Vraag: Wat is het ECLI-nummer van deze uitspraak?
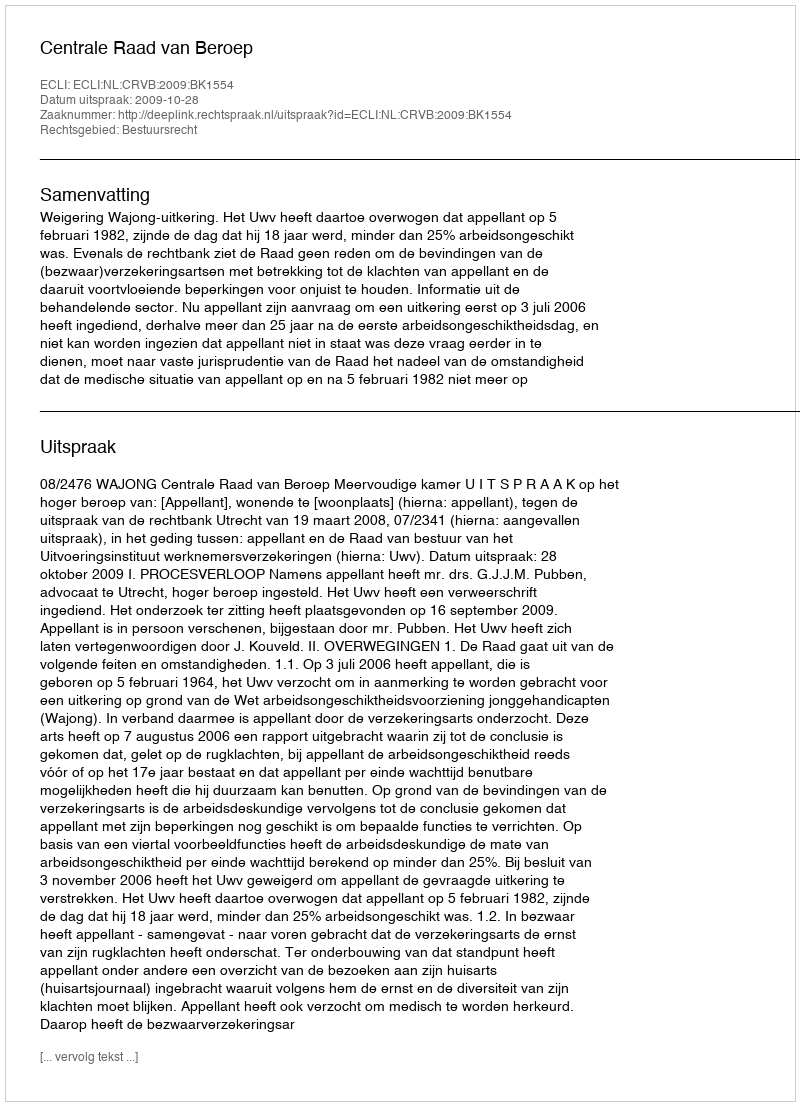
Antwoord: ECLI:NL:CRVB:2009:BK1554